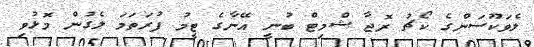
ލެވަކޫސަންގެ ކޯޗު ރޮޖާ ޝްމިޓް ބުނީ އޭނާގެ ޓީމު ފުރަތަމަ ލެގުން މޮޅުވި